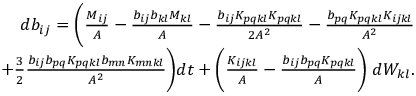
\begin{array} { r } { d b _ { i j } = \bigg ( \frac { M _ { i j } } { A } - \frac { b _ { i j } b _ { k l } M _ { k l } } { A } - \frac { b _ { i j } K _ { p q k l } K _ { p q k l } } { 2 A ^ { 2 } } - \frac { b _ { p q } K _ { p q k l } K _ { i j k l } } { A ^ { 2 } } } \\ { + \frac { 3 } { 2 } \frac { b _ { i j } b _ { p q } K _ { p q k l } b _ { m n } K _ { m n k l } } { A ^ { 2 } } \bigg ) d t + \bigg ( \frac { K _ { i j k l } } { A } - \frac { b _ { i j } b _ { p q } K _ { p q k l } } { A } \bigg ) \; d W _ { k l } . } \end{array}